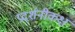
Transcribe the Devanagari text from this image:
प्रदर्शनीकक्ष